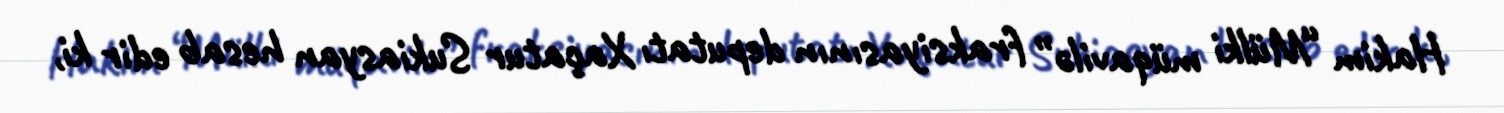
Hakim “Mülki müqavilə” fraksiyasının deputatı Xaçatur Sukiasyan hesab edir ki,